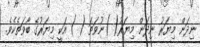
ނިދަން މިޔަރު ނިދަން މިޔަރު( )ނުވަތަ ( ) އަކީ މިޔަރުގެ ބާވަތެކެވެ.